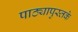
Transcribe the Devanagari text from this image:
पाठ्यापुस्तके